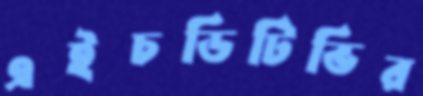
এইচডিটিভির